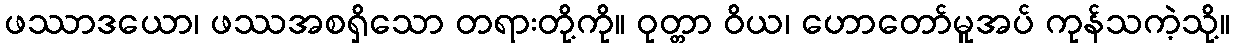
ဖဿာဒယော၊ ဖဿအစရှိသော တရားတို့ကို။ ဝုတ္တာ ဝိယ၊ ဟောတော်မူအပ် ကုန်သကဲ့သို့။